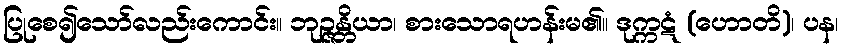
ပြုစေ၍သော်လည်းကောင်း။ ဘုဉ္ဇန္တိယာ၊ စားသောရဟန်းမ၏။ ဒုက္ကဋံ (ဟောတိ)၊ ပန၊